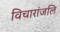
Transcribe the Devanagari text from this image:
विचारांजलि